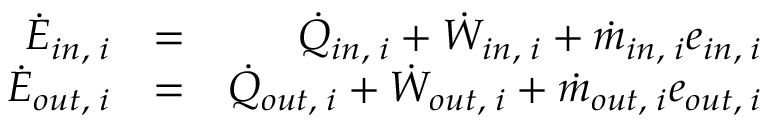
\begin{array} { r l r } { \Dot { E } _ { i n , \; i } } & { = } & { \Dot { Q } _ { i n , \; i } + \Dot { W } _ { i n , \; i } + \Dot { m } _ { i n , \; i } e _ { i n , \; i } } \\ { \Dot { E } _ { o u t , \; i } } & { = } & { \Dot { Q } _ { o u t , \; i } + \Dot { W } _ { o u t , \; i } + \Dot { m } _ { o u t , \; i } e _ { o u t , \; i } } \end{array}